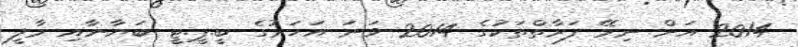
2014 އަށް ނިމޭ ފަރާތްތަކުގެ 2014 ވަނަ އަހަރުގެ ބީ.ޕީ.ޓީ ބަޔާނާއި މާލީ